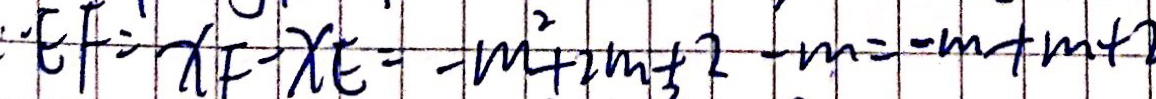
E F = x _ { F } - x _ { E } = - m ^ { 2 } + 2 m + 2 - m = - m + m +